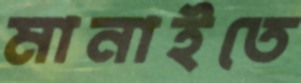
মানাইতে